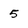
Character: 5